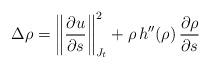
LaTeX: \begin{align*}\Delta \rho = \left\| \frac{\partial u}{\partial s} \right\|_{J_t}^2 + \rho \, h''(\rho) \, \frac{\partial \rho}{\partial s}\end{align*}